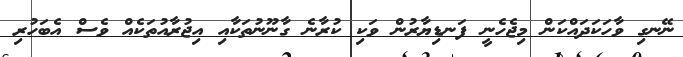
ނޭނގި ވާހަކަދައްކަން މިޖެހެނީ ފަނޑިޔާރުން ވަކި ކުރާނެ ގާނޫނުތަކާއި އިޖުރާއުތަކެއް ވެސް އެބަހުރި